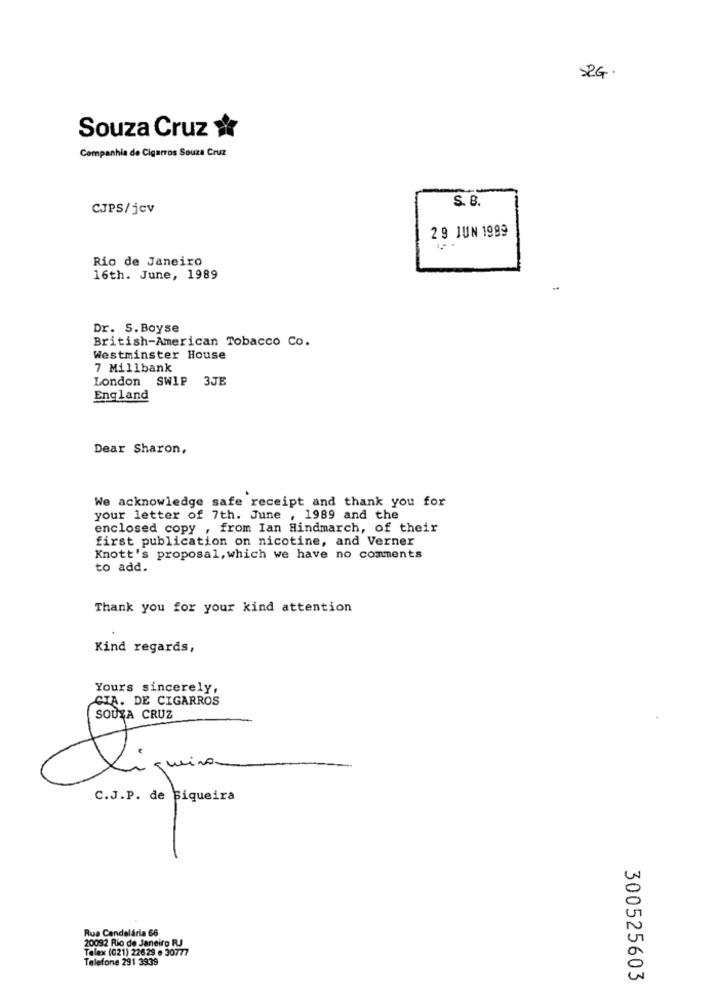
SRG.
Souza Cruz
Companhia de Cigarros Souza Cruz
S. B.
CJPS/jcv
29 JUN 1999
Rio de Janeiro
16th. June, 1989
Dr. S. Boyse
British-American Tobacco Co.
Westminster House
7 Millbank
London SWIP 3JE
England
Dear Sharon,
We acknowledge safe receipt and thank you for
your letter of 7th. June , 1989 and the
enclosed copy , from Ian Hindmarch, of their
first publication on nicotine, and Verner
Knott's proposal, which we have no comments
to add.
Thank you for your kind attention
Kind regards,
Yours sincerely,
CIA. DE CIGARROS
SOUZA CRUZ
ma queiro.
C.J.P. de Biqueira
Rua Candelária 66
20092 Rio de Janeiro RJ
Talex (021) 22629 - 30777
Telefone 291 3339
300525603